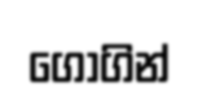
ගෝගින්